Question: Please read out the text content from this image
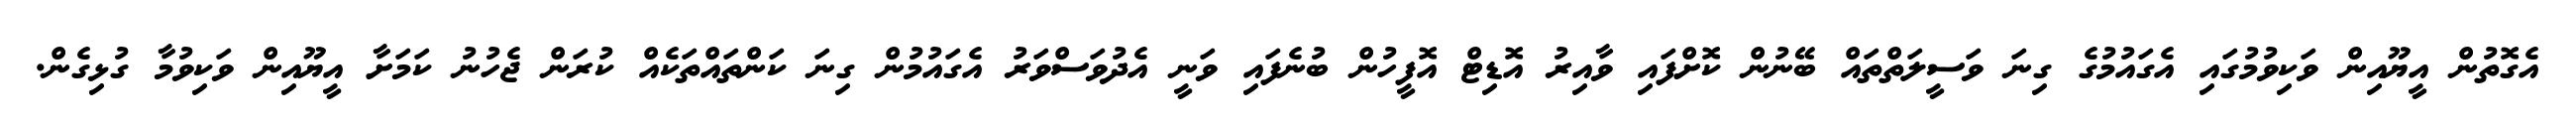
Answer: އެގޮތުން އީޔޫއިން ވަކިވުމުގައި އެގައުމުގެ ގިނަ ވަސީލަތްތައް ބޭނުން ކޮށްފައި ވާއިރު އޮޑިޓް އޮފީހުން ބުނެފައި ވަނީ އެދުވަސްވަރު އެގައުމުން ގިނަ ކަންތައްތަކެއް ކުރަން ޖެހުނު ކަމަށާ އީޔޫއިން ވަކިވުމާ ގުޅިގެން.